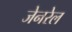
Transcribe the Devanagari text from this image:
जेनरेल